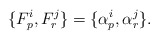
\begin{align*}\{ F_p^i, F_r^j\} =\{\alpha_p^i, \alpha_r^j \}.\end{align*}